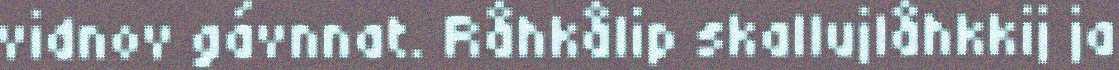
vidnov gávnnat. Råhkålip skallujlåhkkij ja